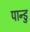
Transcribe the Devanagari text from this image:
पान्डु